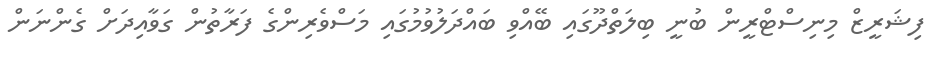
ފިޝަރީޒް މިނިސްޓްރީން ބުނީ ބިލަތްދޫގައި ބޭއްވި ބައްދަލުވުމުގައި މަސްވެރިންގެ ފަރާތުން ގަވާއިދަށް ގެންނަން